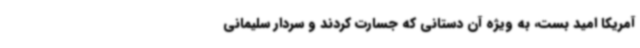
آمریکا امید بست، به ویژه آن دستانی که جسارت کردند و سردار سلیمانی